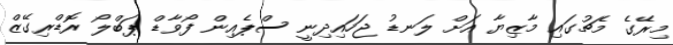
މިރޭގެ މެޗުގައި މާޒިޔާ އަށް ލަނޑު ޖަހައިދިނީ ސްޕެއިން ފޯވާޑް ޕަބްލޯ ރޮޑްރިގޭޒް